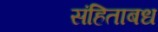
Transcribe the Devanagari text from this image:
संहिताबध